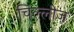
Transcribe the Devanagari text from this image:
चिल्लीज़